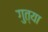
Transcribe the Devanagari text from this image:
गुत्या